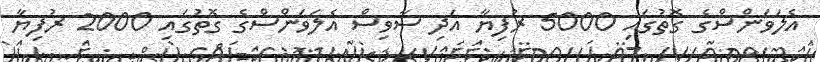
އެލަވަންސްގެ ގޮތުގައި 5000 ރުފިޔާ އަދި ސާވިސް އެލަވަންސްގެ ގޮތުގައި 2000 ރުފިޔާ